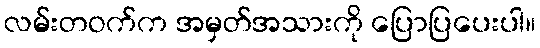
လမ်းတဝက်က အမှတ်အသားကို ပြောပြပေးပါ။